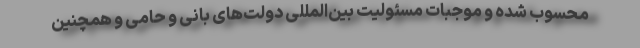
محسوب شده و موجبات مسئولیت بین‌المللی دولت‌های بانی و حامی و همچنین